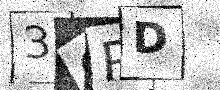
Text: 3CRD